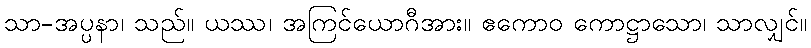
သာ-အပ္ပနာ၊ သည်။ ယဿ၊ အကြင်ယောဂီအား။ ဧကောဝ ကောဋ္ဌာသော၊ သာလျှင်။